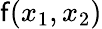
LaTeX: \mathsf{f}(x_{1},x_{2})